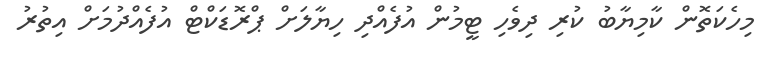
މިހެކަތޮން ކާމިޔާބު ކުރި ދިވެހި ޓީމުން އުފެެއްދި ހިޔާލަށް ޕްރޮޑަކްޓް އުފެއްދުމަށް އިތުރު